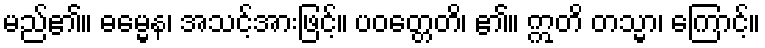
မည်၏။ ဓမ္မေန၊ အသင့်အားဖြင့်။ ပဝတ္တေတိ၊ ၏။ ဣတိ တသ္မာ၊ ကြောင့်။